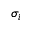
\sigma _ { i }